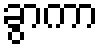
ခွာကာ